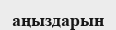
аңыздарын